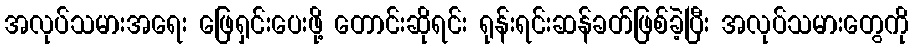
အလုပ်သမားအရေး ဖြေရှင်းပေးဖို့ တောင်းဆိုရင်း ရုန်းရင်းဆန်ခတ်ဖြစ်ခဲ့ပြီး အလုပ်သမားတွေကို